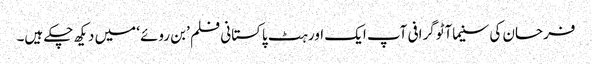
فرحان کی سنیماآٹوگرافی آپ ایک اور ہٹ پاکستانی فلم ’بن روئے‘ میں دیکھ چکے ہیں۔